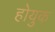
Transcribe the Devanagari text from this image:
होयुक